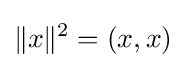
\lVert x\rVert ^{2}=(x,x)